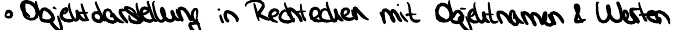
Objektdarstellung in Rechtecken mit Objektnamen & Werten